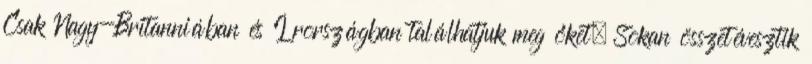
Csak Nagy-Britanniában és Írországban találhatjuk meg őket. Sokan összetévesztik